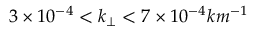
3 \times 1 0 ^ { - 4 } < k _ { \perp } < 7 \times 1 0 ^ { - 4 } k m ^ { - 1 }